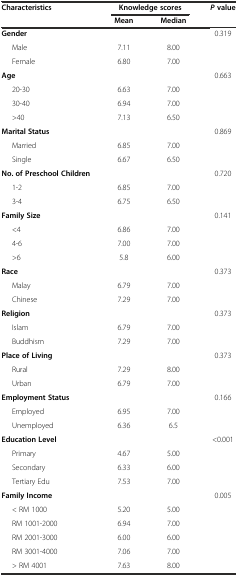
| Characteristics | <COLSPAN=2> Knowledge scores | Pvalue |
 |  | Mean | Median |  |
 | --- | --- | --- | --- |
 | Gender |  |  | 0.319 |
 | Male | 7.11 | 8.00 |  |
 | Female | 6.80 | 7.00 |  |
 | Age |  |  | 0.663 |
 | 20-30 | 6.63 | 7.00 |  |
 | 30-40 | 6.94 | 7.00 |  |
 | >40 | 7.13 | 6.50 |  |
 | Marital Status |  |  | 0.869 |
 | Married | 6.85 | 7.00 |  |
 | Single | 6.67 | 6.50 |  |
 | No. of Preschool Children |  |  | 0.720 |
 | 1-2 | 6.85 | 7.00 |  |
 | 3-4 | 6.75 | 6.50 |  |
 | Family Size |  |  | 0.141 |
 | <4 | 6.86 | 7.00 |  |
 | 4-6 | 7.00 | 7.00 |  |
 | >6 | 5.8 | 6.00 |  |
 | Race |  |  | 0.373 |
 | Malay | 6.79 | 7.00 |  |
 | Chinese | 7.29 | 7.00 |  |
 | Religion |  |  | 0.373 |
 | Islam | 6.79 | 7.00 |  |
 | Buddhism | 7.29 | 7.00 |  |
 | Place of Living |  |  | 0.373 |
 | Rural | 7.29 | 8.00 |  |
 | Urban | 6.79 | 7.00 |  |
 | Employment Status |  |  | 0.166 |
 | Employed | 6.95 | 7.00 |  |
 | Unemployed | 6.36 | 6.5 |  |
 | Education Level |  |  | <0.001 |
 | Primary | 4.67 | 5.00 |  |
 | Secondary | 6.33 | 6.00 |  |
 | Tertiary Edu | 7.53 | 7.00 |  |
 | Family Income |  |  | 0.005 |
 | < RM 1000 | 5.20 | 5.00 |  |
 | RM 1001-2000 | 6.94 | 7.00 |  |
 | RM 2001-3000 | 6.00 | 6.00 |  |
 | RM 3001-4000 | 7.06 | 7.00 |  |
 | > RM 4001 | 7.63 | 8.00 |  |